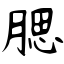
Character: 腮